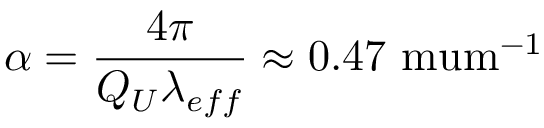
\alpha = \frac { 4 \pi } { Q _ { U } \lambda _ { e f f } } \approx 0 . 4 7 \mathrm { \ m u m ^ { - 1 } }